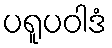
ပရူပဝါဒံ